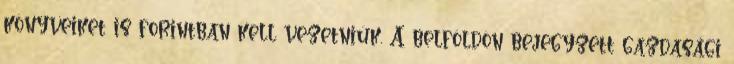
könyveiket is forintban kell vezetniük. A belföldön bejegyzett gazdasági